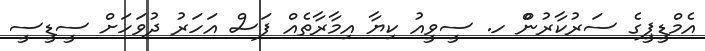
އެމްޑީޕީގެ ސަރުކާރުންް ހ. ސީވީއު ކިޔާ އިމާރާތެއް ފަސް އަހަރު ދުވަހަށް ސީޑީސީ